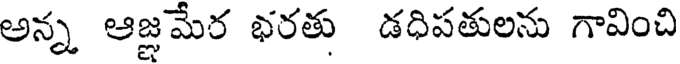
అన్న ఆజ్ఞమేర భరతు డధిపతులను గావించి